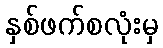
နှစ်ဖက်စလုံးမှ